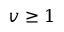
v \ge 1